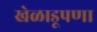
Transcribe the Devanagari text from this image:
खेळाडूपणा